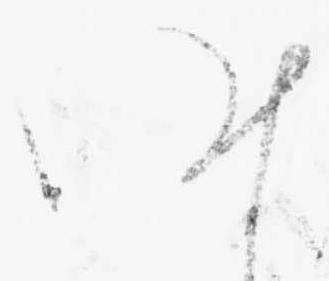
昨